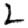
Digit: 2